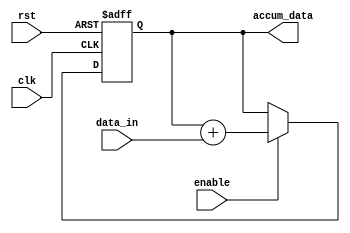
module fixed_point_accumulator(
    input wire [15:0] data_in,
    input wire clk,
    input wire rst,
    input wire enable,
    output reg [15:0] accum_data
);

reg [15:0] accumulator;

always @(posedge clk or posedge rst) begin
    if(rst) begin
        accumulator <= 16'b0;
    end
    else if(enable) begin
        accumulator <= accumulator + data_in;
    end
end

assign accum_data = accumulator;

endmodule